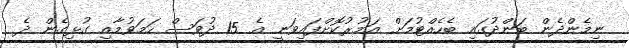
ނިމެންދެން ބަންދުގައި ބެހެއްޓުމަށް އަމުރުކޮށްފައިވަނީ އެ 15 ދުވަސް ހަމަވުމާއި ގުޅިގެން ދެ